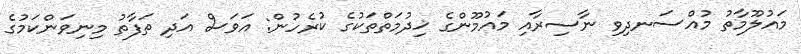
މައުލޫމާތު މުއްސަނދިވި ނާސިރާއި މައުމޫންގެ ޚިދުމަތްތަކުގެ ކުރެހުން: އަވަސް އަދި ތަފާތު މިނިވަންކަމުގެ